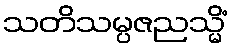
သတိသမ္ပဇညသ္မိံ